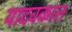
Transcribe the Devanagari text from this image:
यादवकाल